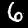
Digit: 6